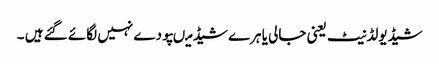
شیڈیولڈنیٹ یعنی جالی یا ہرے شیڈ میںپودے نہیں لگائے گئے ہیں ۔